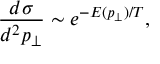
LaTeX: \frac { d \sigma } { d ^ { 2 } p _ { \perp } } \sim e ^ { - E ( p _ { \perp } ) / T } ,